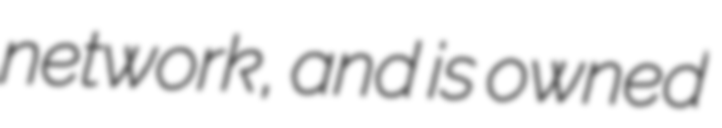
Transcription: network, and is owned